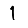
Digit: 1